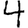
Digit: 4